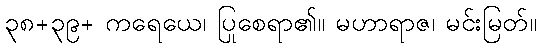
၃၈+၃၉+ ကရေယေ၊ ပြုစေရာ၏။ မဟာရာဇ၊ မင်းမြတ်။